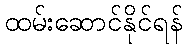
ထမ်းဆောင်နိုင်ရန်